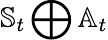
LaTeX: \mathbb{S}_{t}\bigoplus\mathbb{A}_{t}